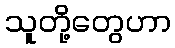
သူတို့တွေဟာ